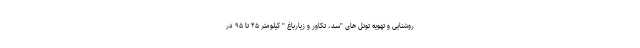
روشنایی و تهویه تونل های "سد، تکاور و زیارباغ " کیلومتر ۲۵ تا ۹۵ در